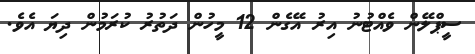
ސީޕްލޭން ވެއްޓުނު އިރު އޭގެން 12 މީހުން ދަތުރު ކުރަމުން ދިޔަ އެވެ.